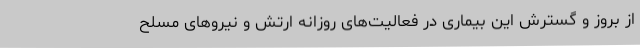
از بروز و گسترش این بیماری در فعالیت‌های روزانه ارتش و نیروهای مسلح